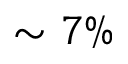
\sim 7 \%